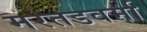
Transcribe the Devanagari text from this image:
मरतडवर्मा